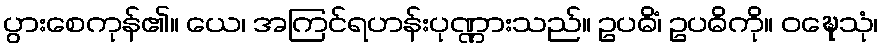
ပွားစေကုန်၏။ ယေ၊ အကြင်ရဟန်းပုဏ္ဏားသည်။ ဥပဓိံ၊ ဥပဓိကို။ ဝဍ္ဎေသုံ၊